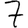
Digit: 7